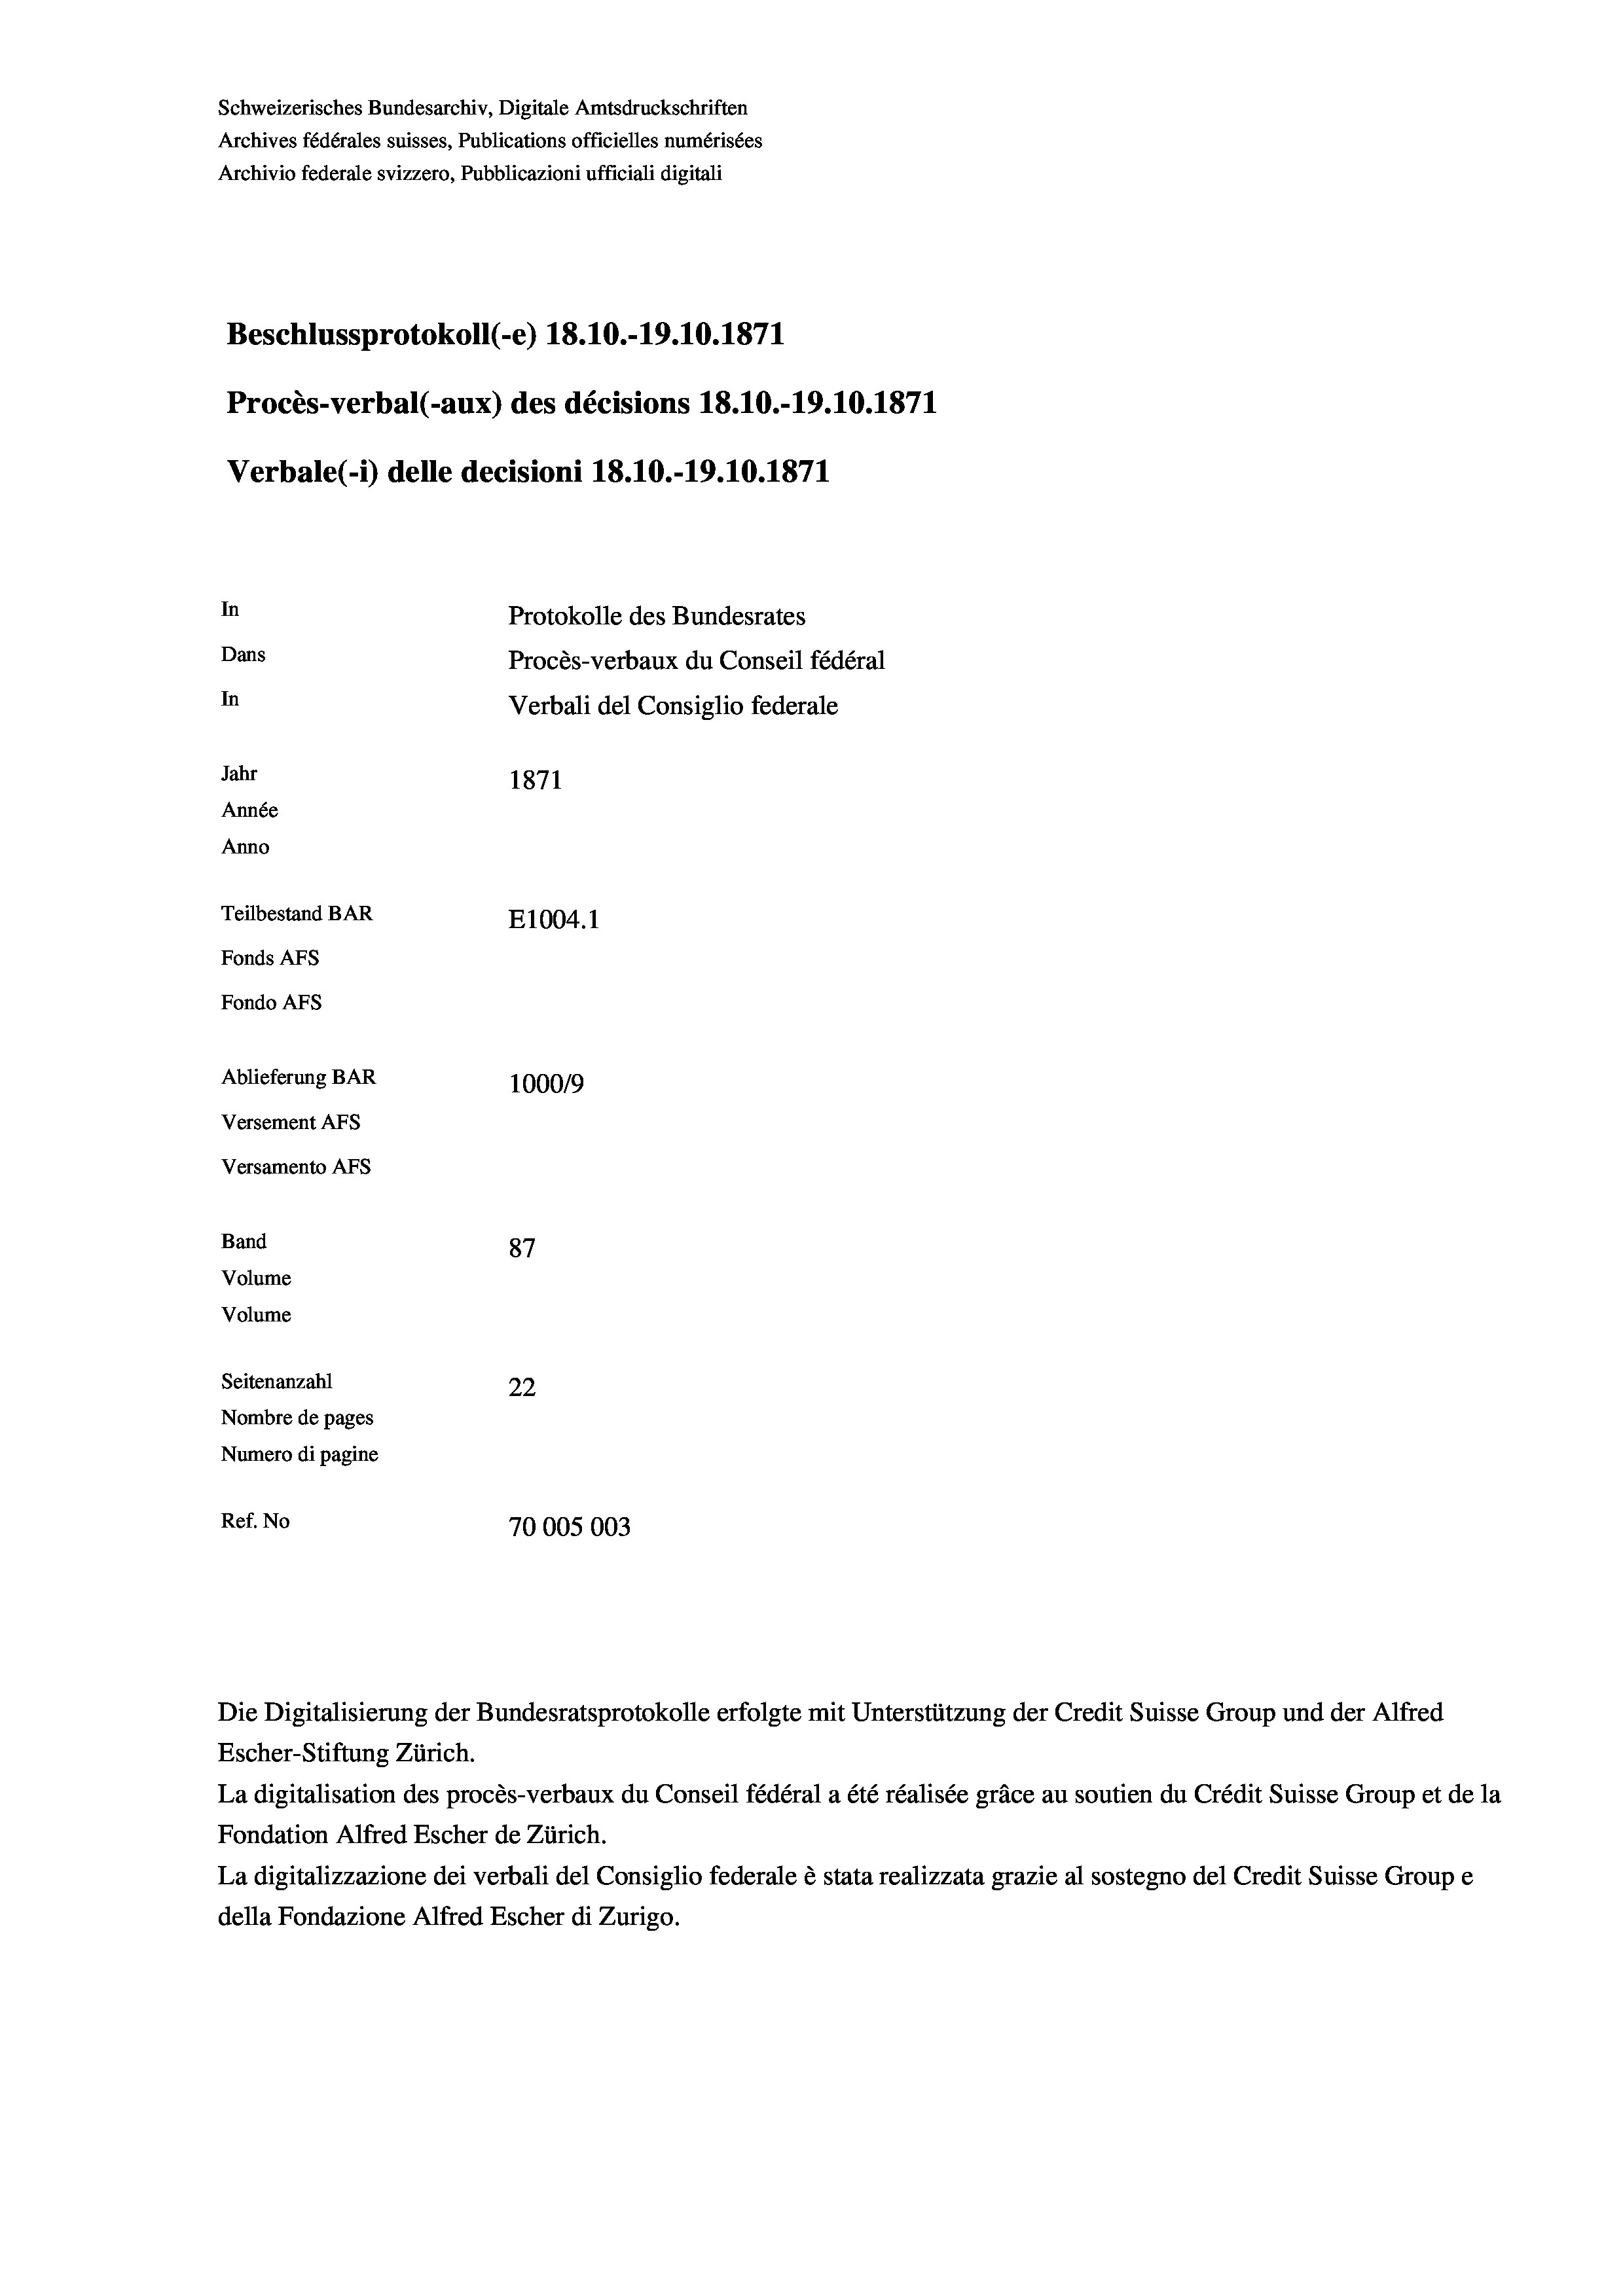
Schweizerisches Bundesarchiv, Digitale Amtsdruckschriften
Archives fédérales suisses, Publications officielles numérisées
Archivio federale svizzero, Pubblicazioni ufficiali digitali
Beschlussprotokoll (-e) 18.10.-19.10.1871
Procès-verbal (-aux) des décisions 18.10.-19.10.1871
Verbale (- 1) delle decisioni 18.10.-19.10.1871
In
Protokolle des Bundesrates
Dans
Procès-verbaux du Conseil fédéral
In
Verbali del Consiglio federale
Jahr
1871
Année
Anno
Teilbestand BAR
E1004. 1
Fonds AFs
Fondo AFS
Ablieferung BAR
100019
Versement AFs
Versamento Afs

87
Seitenanzahl
22
Nombre de pages
Numero di pagine
Ref. No
70005003

Band
Volume
Volume

Die Digitalisierung der Bundesratsprotokolle erfolgte mit Unterstützung der Credit Suisse Group und der Alfred
Escher-Stiftung Zürich.
La digitalisation des procès-verbaux du Conseil fédéral a été réalisée gräce au soutien du Crédit Suisse Group et de la
Fondation Alfred Escher de Zürich.
La digitalizzazione dei verbali del Consiglio federale è stata realizzata grazie al sostegno del Credit Suisse Groupe
della Fondazione Alfred Escher di Zurigo.